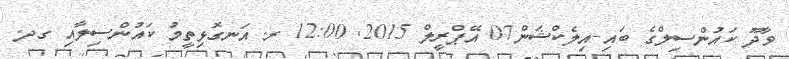
ވާދޫ ކައުންސިލްގެ ބައި-އިލެކްޝަން07 އޭޕްރީލް 2015